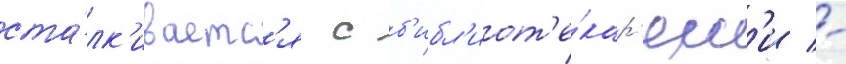
ста́лк'иваетс'я с б'ибл'иот'е́кар'ям'и -